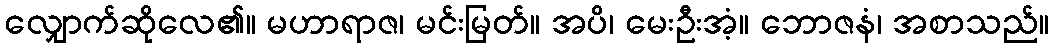
လျှောက်ဆိုလေ၏။ မဟာရာဇ၊ မင်းမြတ်။ အပိ၊ မေးဦးအံ့။ ဘောဇနံ၊ အစာသည်။